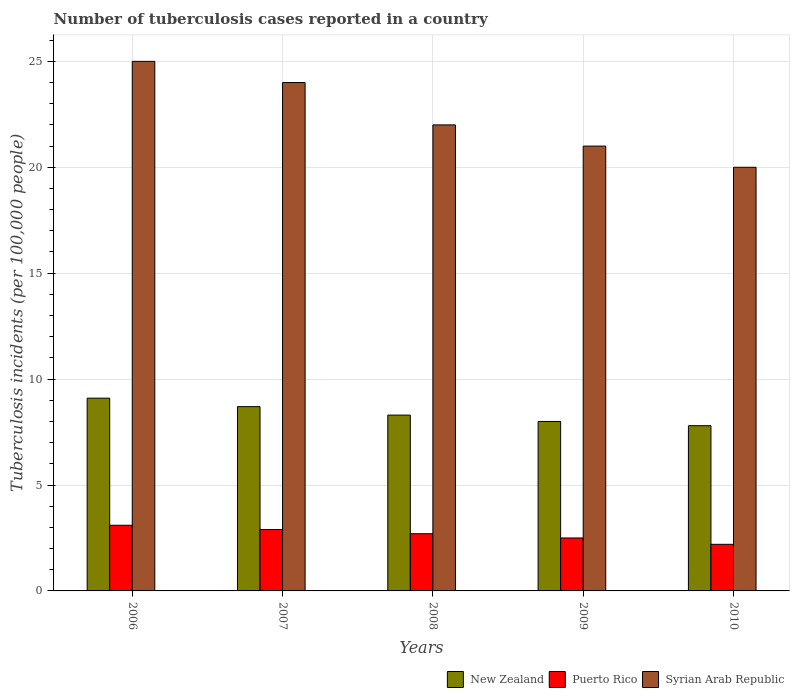
| Years | New Zealand | Puerto Rico | Syrian Arab Republic |
 | --- | --- | --- | --- |
 | 2006 | 9.1 | 3.1 | 25 |
 | 2007 | 8.7 | 2.9 | 24 |
 | 2008 | 8.3 | 2.7 | 22 |
 | 2009 | 8 | 2.5 | 21 |
 | 2010 | 7.8 | 2.2 | 20 |